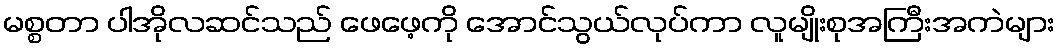
မစ္စတာ ပါအိုလဆင်သည် ဖေဖေ့ကို အောင်သွယ်လုပ်ကာ လူမျိုးစုအကြီးအကဲများ